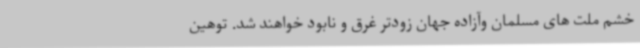
خشم ملت های مسلمان وآزاده جهان زودتر غرق و نابود خواهند شد. توهین